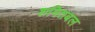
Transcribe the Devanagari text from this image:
शमितबल